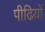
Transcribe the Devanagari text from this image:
पीढिय़ों